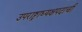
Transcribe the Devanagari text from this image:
उपराष्ट्राध्यक्षपदाची